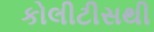
કોલીટીસથી